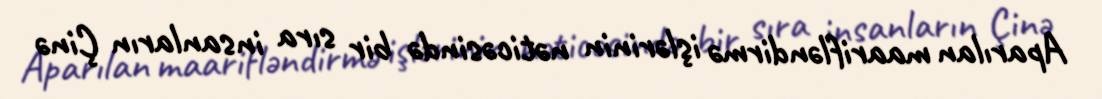
Aparılan maarifləndirmə işlərinin nəticəsində bir sıra insanların Çinə